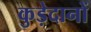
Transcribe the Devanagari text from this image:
कुड़ेदानों